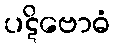
ပဋိဗောဓံ